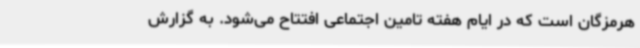
هرمزگان است که در ایام هفته تامین اجتماعی افتتاح می‌شود. به گزارش